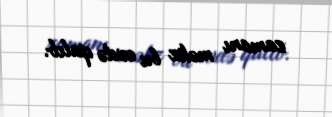
zamanı məhz bu evdə qalıb.